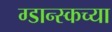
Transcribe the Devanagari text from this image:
ग्डान्स्कच्या